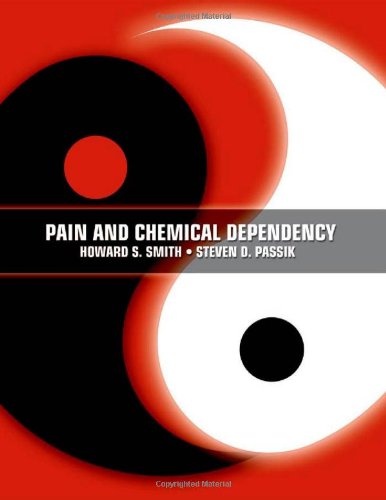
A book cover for Pain and Chemical Dependency; Howard Smith; Health, Fitness & Dieting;